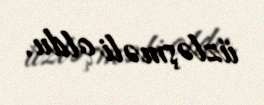
üzləşməli oldu.